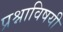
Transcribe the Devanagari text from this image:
प्रश्नाविषयी